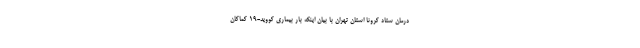
درمان ستاد کرونا استان تهران با بیان اینکه بار بیماری کووید-۱۹ کماکان